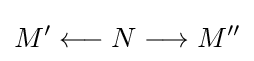
M'\longleftarrow N\longrightarrow M''